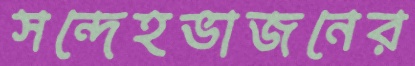
সন্দেহভাজনের